Annual administration report of the Civil Veterinary Department of India - 1898-1899
Year: 1898
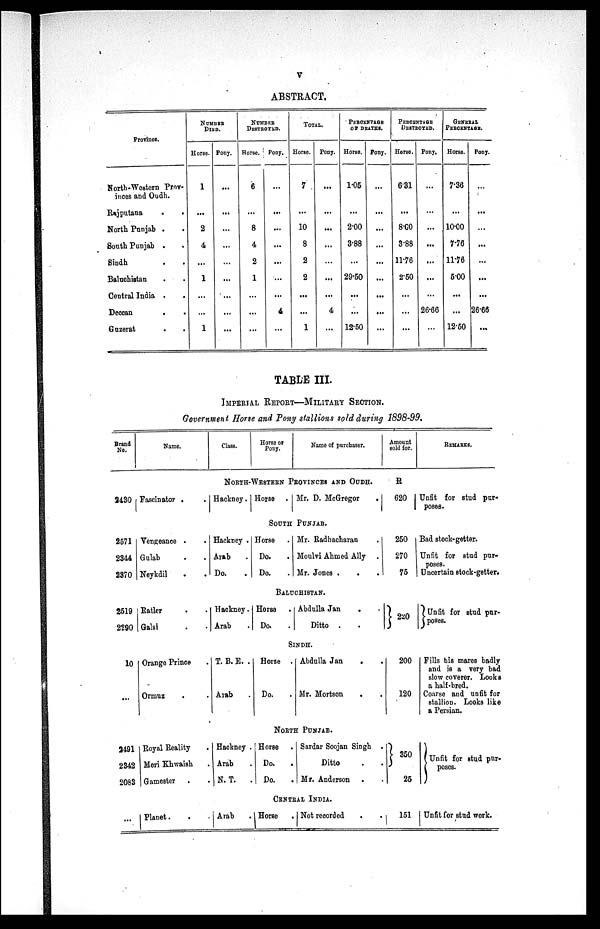
v
ABSTRACT.
Province.
North-Western Prov-
inces and Oudh.
Rajputana
.
.
North Punjab . .
South Punjab . .
Sindh . .
Baluchistan . .
Central India . .
Deccan . .
Guzerat . .
NUMBER
DIED.
Horse.
1
...
2
4
...
1
...
...
1
Pony.
...
...
...
...
...
...
...
...
...
NUMBER
DESTROYED.
Horse.
6
...
8
4
2
1
...
...
...
Pony.
...
...
...
...
...
...
...
4
...
TOTAL.
Horse.
7
...
10
8
2
2
...
...
1
Pony.
...
...
...
...
...
...
...
4
...
PERCENTAGE
OF
DEATHS.
Horse,
1.05
...
2.00
3.88
...
29.50
...
...
12.50
Pony.
...
...
...
...
...
...
...
...
...
PERCENTAGE
DESTROYED.
Horse.
6.31
...
8.00
3.88
11.76
2.50
...
...
...
Pony.
...
...
...
...
...
...
...
26.66
...
GENERAL
PERCENTAGE.
Horse.
7.36
...
10.00
7.76
11.76
5.00
...
...
12.50
Pony.
...
...
...
...
...
...
...
26.66
...
TABLE III.
IMPERIAL REPORT—MILITARY SECTION.
Government Horse and Pony stallions sold during 1898-99.
Brand
No.
2430
2571
2344
2370
2519
2290
10
. . .
2491
2342
2083
...
Name.
Class.
Horse or
Pony.
Name of purchaser.
NORTH-WESTERN PROVINCES AND OUDH.
Fascinator . .
Hackney. Horse .
Mr. D. McGregor .
SOUTH PUNJAB.
Vengeance . .
Gulab . .
Neykdil . .
Hackney .
Arab
Do.
Horse
Do.
Do.
Mr. Radhacharan .
Moulvi Ahmed Ally .
Mr. Jones . ..
BALUCHISTAN.
Ratler ..
Galsi ..
Hackney.
Arab
Horse
Do.
Abdulla Jan ..
Ditto . .
SINDH.
Orange Prince
Ormuz ..
T. B. E. .
Arab
.
Horse .
Do.
Abdulla Jan
..
Mr. Mortson ..
NORTH PUNJAB.
Royal Reality .
Meri Khwaish .
Gamester ..
Hackney .
Arab
N. T.
.
Horse
.
Do.
Do.
Sardar Soojan Singh .
Ditto . .
Mr. Anderson . .
CENTRAL INDIA.
Planet. .
Arab .
Horse
. 1 Not recorded
Amount
sold for.
R
620
250
270
75
220
200
120
350
25
151
REMARKS.
Unfit for stud pur-
poses.
Bad stock-getter.
Unfit for stud pur-
poses.
Uncertain stock-getter.
Unfit for stud pur¬
poses.
Fills his mares badly
and is a very bad
slow coverer. Looks
a half-bred.
Coarse and unfit for
stallion. Looks like
a Persian.
Unfit for stud pur¬
poses.
Unfit for stud work.